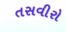
તસવીરો